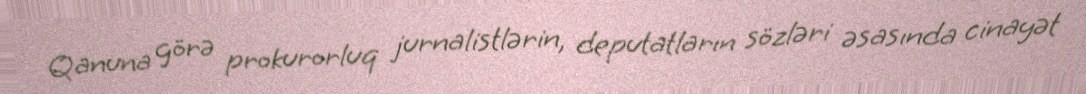
Qanuna görə prokurorluq jurnalistlərin, deputatların sözləri əsasında cinayət